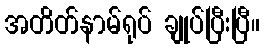
အတိတ်နာမ်ရုပ် ချုပ်ပြီးပြီ။